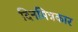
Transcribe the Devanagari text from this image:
दिनमित्रकार